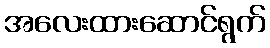
အလေးထားဆောင်ရွက်